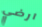
ارضي